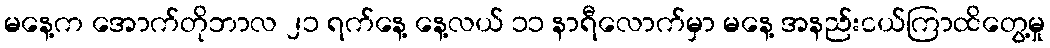
မနေ့က အောက်တိုဘာလ ၂၁ ရက်နေ့ နေ့လယ် ၁၁ နာရီလောက်မှာ မနေ့ အနည်းငယ်ကြာထိတွေ့မှု